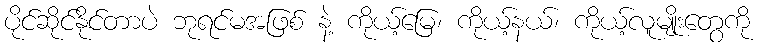
ပိုင်ဆိုင်နိုင်တာပဲ ဘုရင်မအဖြစ် နဲ့ ကိုယ့်မြေ၊ ကိုယ့်နယ်၊ ကိုယ့်လူမျိုးတွေကို